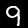
Digit: 9